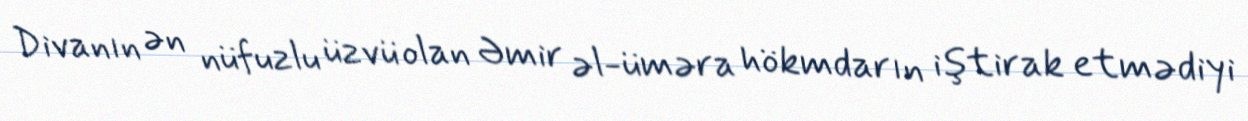
Divanın ən nüfuzlu üzvü olan Əmir əl-üməra hökmdarın iştirak etmədiyi